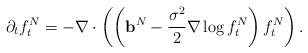
LaTeX: \begin{align*}\label[Ieq]{eq:mckeanvlasovcontinuity}\partial_t f^N_t = -\nabla\cdot \left(\left(\mathbf{b}^N-\frac{\sigma^2}{2}\nabla \log f^N_t\right)f^N_t\right).\end{align*}